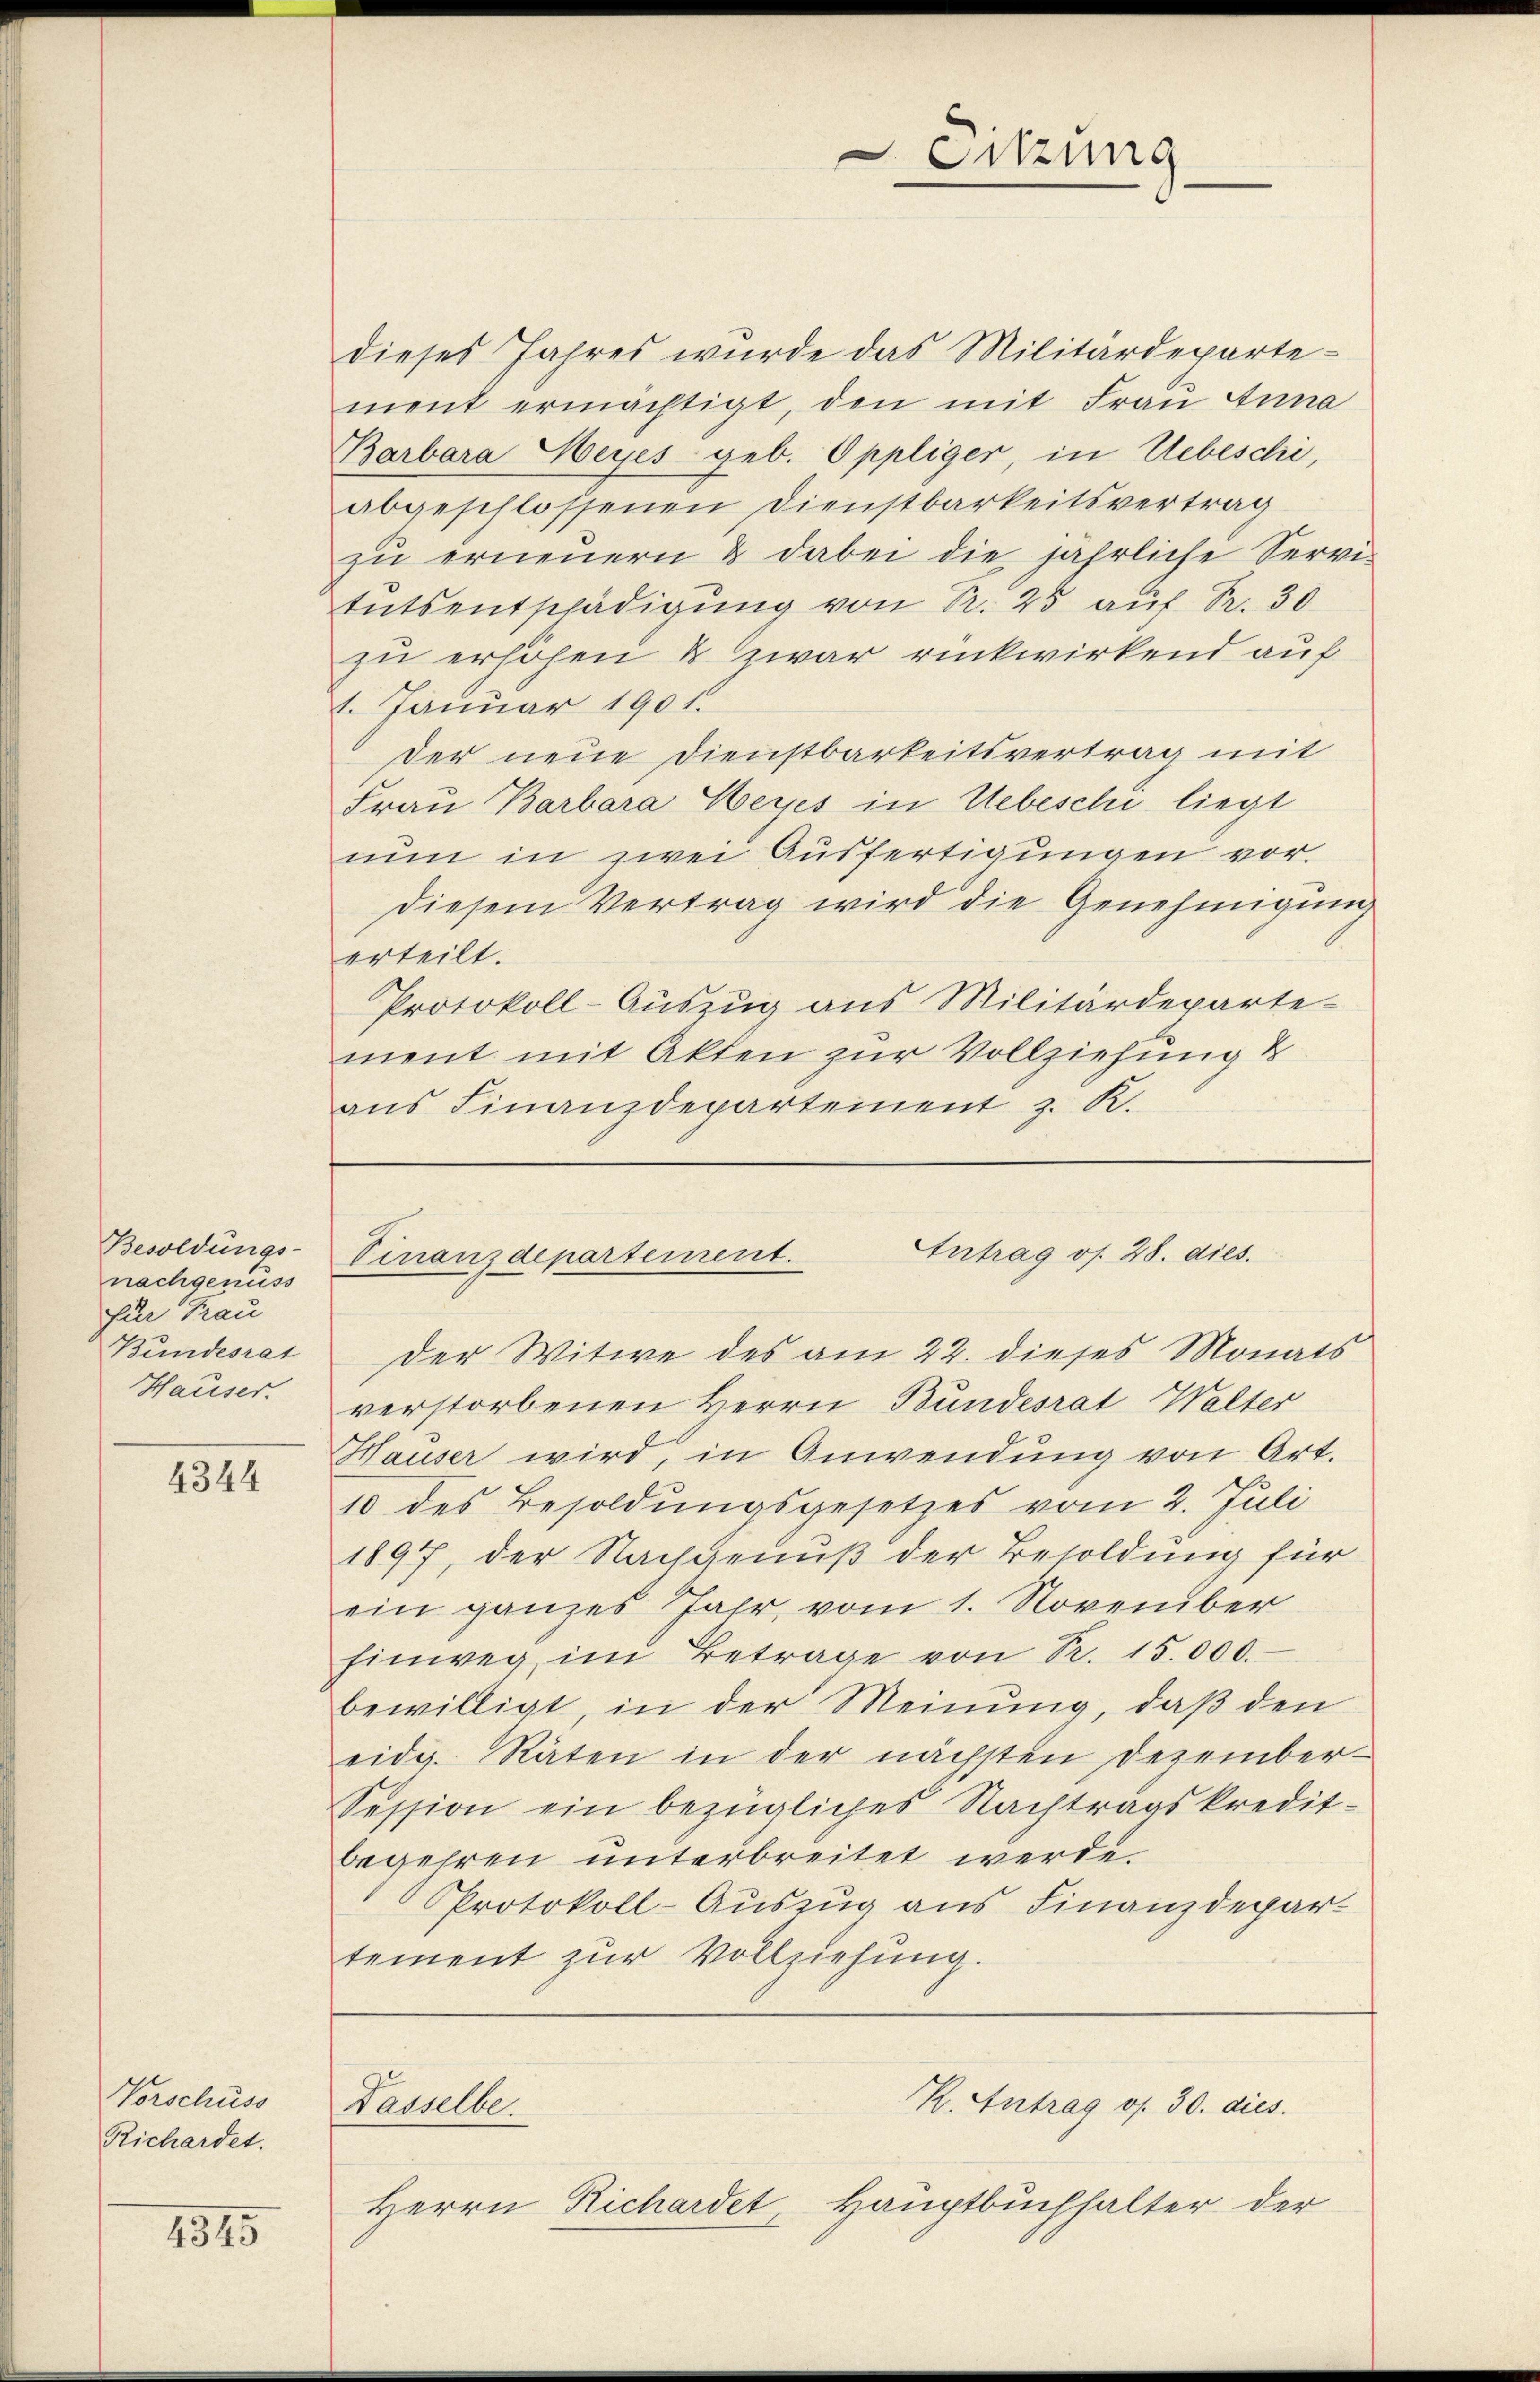
Besoldungs-
nachgenüss
Eir Frau
Bundesrat
Hauser.

4344

Vorschuss
Richardet.

4345

dieses Jahres wurde das Militärdepartement ermächtigt, den mit Frau Anna
Barbara Meyes geb. Oppliger, in Uebeschi,
abgeschlossenen Dienstbarkeitsvertrag
zŭ erneŭern & dabei die jährliche Servi-
tutsentschädigung von Pr. 25 auf Pr. 30
zu erhöhen & zwar rückwirkend auf
1. Januar 1901.
der neue Dienstbarkeitsvertrag mit
Frau Barbara Weyes in Uebeschi liegt
nun in zwei Ausfertigungen vor.
diesem Vertrag wird die Genehmigung
erteilt.
Protokoll-Auszug aus Militärdeparte-
ment mit Akten zur Vollziehung &
aus Finanzdepartement z. K.

Sitzung

Antrag os. 28. dies
Vinanzdepartement.
Der Witwe des am 22. dieses Monats

verstorbenen Herrn Bundesrat Walter
Hauser wird, in Anwendung von Art.
10 des Besoldŭngsgesetzes vom 2. Juli
1897, der Nachgenuß der Besoldung für
ein ganzes Jahr, vom 1. November
Einweg im Betrage von Nr. 15.000.
bewilligt, in der Meinung, daß den
eidg. Räten in der nächsten Dezember-
Session ein bezügliches Nachtragskredit-
begehren unterbreitet werde.
Protokoll-Auszug aus Finanzdepartement zur Vollziehung.

R. Antrag os. 30. dies
Tasselbe.
Herrn Richardet, Hauptbuchhalter der